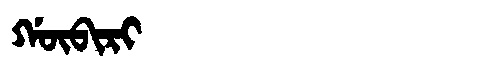
Manchu: ᡤᡡᠪᡳᡵᡳ
Romanization: GŪBIRI